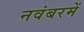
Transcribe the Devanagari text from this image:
नवंबरमें